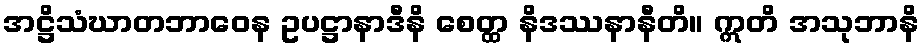
အဋ္ဌိသံဃာတဘာဝေန ဥပဋ္ဌာနာဒီနိ စေတ္ထ နိဒဿနာနီတိ။ ဣတိ အသုဘာနိ